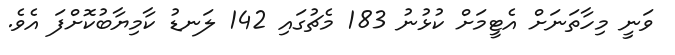
ވަނީ މިހާތަނަށް އެޓީމަށް ކުޅުނު 183 މެޗުގައި 142 ލަނޑު ކާމިޔާބުކޮށްފަ އެވެ.